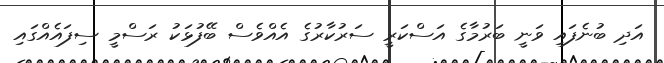
އަދި ބުނެފައި ވަނީ ބަރުމާގެ އަސްކަރީ ސަރުކާރުގެ އެއްވެސް ބޭފުޅަކު ރަސްމީ ސިފައެއްގައި